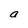
Character: a